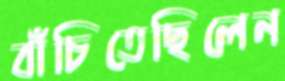
বাঁচিতেছিলেন